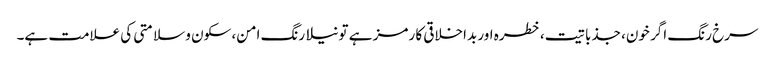
سرخ رنگ اگر خون، جذباتیت، خطرہ اور بداخلاقی کا رمز ہے تو نیلا رنگ امن، سکون و سلامتی کی علامت ہے۔